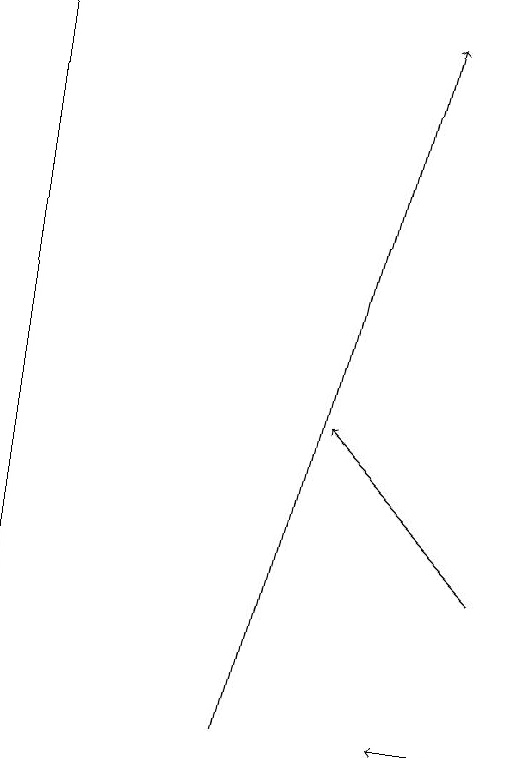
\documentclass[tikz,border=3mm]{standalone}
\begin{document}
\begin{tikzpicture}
\draw[->] (6,12) -- (4,14);
\draw (0,10) rectangle (0,19);
\draw[->] (6,10) -- (5,10);
\draw[->] (3,10) -- (5,19);
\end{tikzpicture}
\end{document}